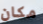
مكان